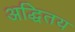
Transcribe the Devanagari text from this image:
अद्धितय